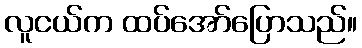
လူငယ်က ထပ်အော်ပြောသည်။